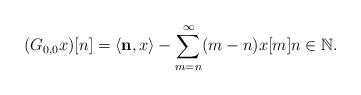
LaTeX: \begin{align*}(G_{0,0}x)[n]&=\langle\mathbf n,x\rangle-\sum_{m=n}^\infty(m-n)x[m] n\in\mathbb N.\end{align*}